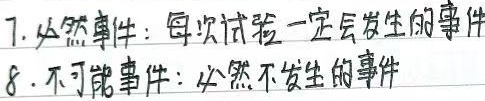
7. 必然事件：每次试验一定会发生的事件
8. 不可能事件：必然不发生的事件